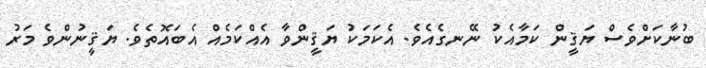
ބުނާކަށްވެސް ޔަޤީން ކަމާއެކު ނޭނގެއެވެ. އެކަމަކު ޔަޤީންވާ އެއްކަމެއް އެބައޮތެވެ. ޔަޤީނުންވެ މަރު